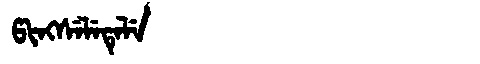
Manchu: ᡦᡳᠩᠰᡝᠯᡝᡨᡝᠯᡝ
Romanization: PINGSELETELE